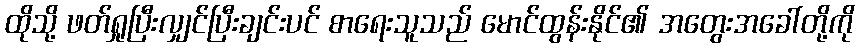
ထိုသို့ ဖတ်ရှုပြီးလျှင်ပြီးချင်းပင် စာရေးသူသည် မောင်ထွန်းနိုင်၏ အတွေးအခေါ်တို့ကို